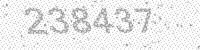
Solution: 238437